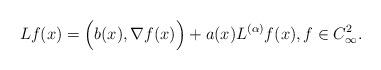
LaTeX: \begin{align*}Lf(x)=\Big(b(x), \nabla f(x)\Big)+a(x) L^{(\alpha)}f(x), f\in C_\infty^2.\end{align*}